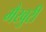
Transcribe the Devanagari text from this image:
मैखुरी